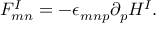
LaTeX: F _ { m n } ^ { I } = - \epsilon _ { m n p } \partial _ { p } H ^ { I } .